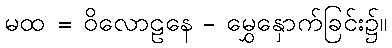
မထ = ဝိလောဠနေ - မွှေနှောက်ခြင်း၌။